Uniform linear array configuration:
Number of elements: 64
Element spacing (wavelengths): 0.75
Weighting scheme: blackman
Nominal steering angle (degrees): -15
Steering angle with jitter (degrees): -15.885
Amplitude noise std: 0.05
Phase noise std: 0.05

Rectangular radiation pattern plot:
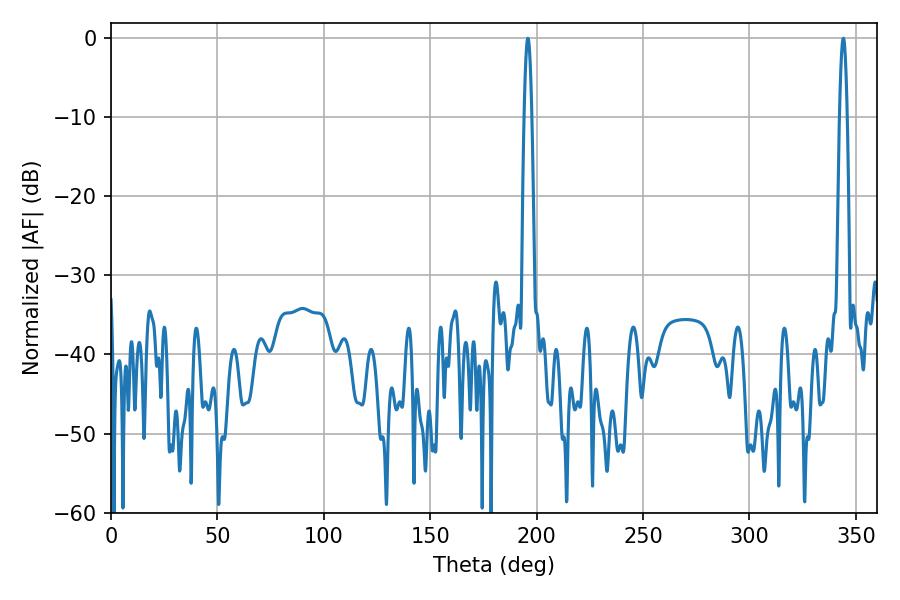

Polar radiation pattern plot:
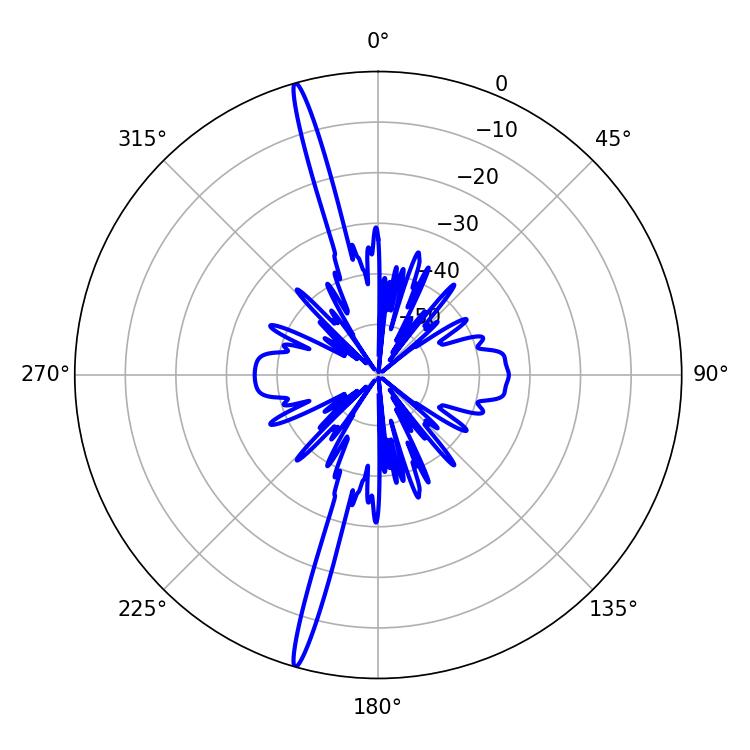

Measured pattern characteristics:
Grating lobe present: TRUE
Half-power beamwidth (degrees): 1.98
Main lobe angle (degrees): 195.84